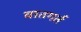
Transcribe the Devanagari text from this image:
वातगर्त